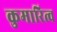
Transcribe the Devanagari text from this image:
कुमारित्व